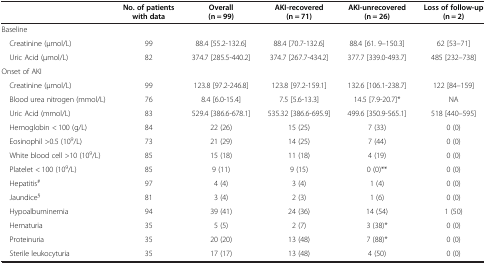
<table><thead><tr><td><b> </b></td><td><b>No. of patients with data</b></td><td><b>Overall (n = 99)</b></td><td><b>AKI-recovered (n = 71)</b></td><td><b>AKI-unrecovered (n = 26)</b></td><td><b>Loss of follow-up (n = 2)</b></td></tr></thead><tbody><tr><td colspan="6">Baseline</td></tr><tr><td> Creatinine (μmol/L)</td><td>99</td><td>88.4 [55.2-132.6]</td><td>88.4 [70.7-132.6]</td><td>88.4 [61. 9–150.3]</td><td>62 [53–71]</td></tr><tr><td> Uric Acid (μmol/L)</td><td>82</td><td>374.7 [285.5-440.2]</td><td>374.7 [267.7-434.2]</td><td>377.7 [339.0-493.7]</td><td>485 [232–738]</td></tr><tr><td colspan="6">Onset of AKI</td></tr><tr><td> Creatinine (μmol/L)</td><td>99</td><td>123.8 [97.2-246.8]</td><td>123.8 [97.2-159.1]</td><td>132.6 [106.1-238.7]</td><td>122 [84–159]</td></tr><tr><td> Blood urea nitrogen (mmol/L)</td><td>76</td><td>8.4 [6.0-15.4]</td><td>7.5 [5.6-13.3]</td><td>14.5 [7.9-20.7]*</td><td>NA</td></tr><tr><td> Uric Acid (mmol/L)</td><td>83</td><td>529.4 [386.6-678.1]</td><td>535.32 [386.6-695.9]</td><td>499.6 [350.9-565.1]</td><td>518 [440–595]</td></tr><tr><td> Hemoglobin &lt; 100 (g/L)</td><td>84</td><td>22 (26)</td><td>15 (25)</td><td>7 (33)</td><td>0 (0)</td></tr><tr><td> Eosinophil &gt;0.5 (10<sup>9</sup>/L)</td><td>73</td><td>21 (29)</td><td>14 (25)</td><td>7 (44)</td><td>0 (0)</td></tr><tr><td> White blood cell &gt;10 (10<sup>9</sup>/L)</td><td>85</td><td>15 (18)</td><td>11 (18)</td><td>4 (19)</td><td>0 (0)</td></tr><tr><td> Platelet &lt; 100 (10<sup>9</sup>/L)</td><td>85</td><td>9 (11)</td><td>9 (15)</td><td>0 (0)**</td><td>0 (0)</td></tr><tr><td> Hepatitis<sup>#</sup></td><td>97</td><td>4 (4)</td><td>3 (4)</td><td>1 (4)</td><td>0 (0)</td></tr><tr><td> Jaundice<sup>§</sup></td><td>81</td><td>3 (4)</td><td>2 (3)</td><td>1 (6)</td><td>0 (0)</td></tr><tr><td> Hypoalbuminemia</td><td>94</td><td>39 (41)</td><td>24 (36)</td><td>14 (54)</td><td>1 (50)</td></tr><tr><td> Hematuria</td><td>35</td><td>5 (5)</td><td>2 (7)</td><td>3 (38)*</td><td>0 (0)</td></tr><tr><td> Proteinuria</td><td>35</td><td>20 (20)</td><td>13 (48)</td><td>7 (88)*</td><td>0 (0)</td></tr><tr><td> Sterile leukocyturia</td><td>35</td><td>17 (17)</td><td>13 (48)</td><td>4 (50)</td><td>0 (0)</td></tr></tbody></table>